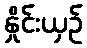
နှိုင်းယှဉ်